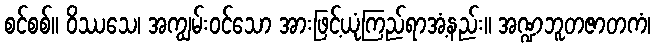
စင်စစ်။ ဝိဿသေ၊ အကျွမ်းဝင်သော အားဖြင့်ယုံကြည်ရာအံ့နည်း။ အဏ္ဍဘူတဇာတကံ၊